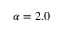
\alpha = 2 . 0